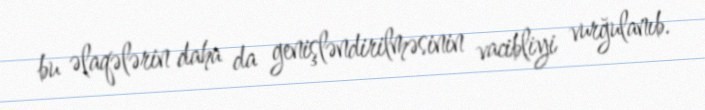
bu əlaqələrin daha da genişləndirilməsinin vacibliyi vurğulanıb.